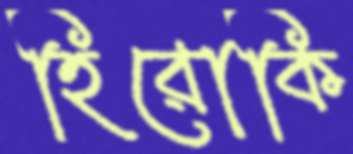
হিরোকি